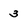
Character: 3